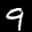
Label: 9